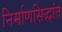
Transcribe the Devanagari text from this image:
निर्माणसिद्धांत